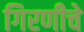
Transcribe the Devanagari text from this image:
गिरणीचे